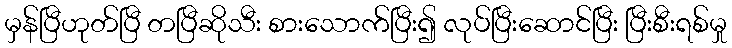
မှန်ပြီဟုတ်ပြီ တပြီဆိုသီး စားသောက်ပြီး၍ လုပ်ပြီးဆောင်ပြီး ပြီးစီးရစ်မှု